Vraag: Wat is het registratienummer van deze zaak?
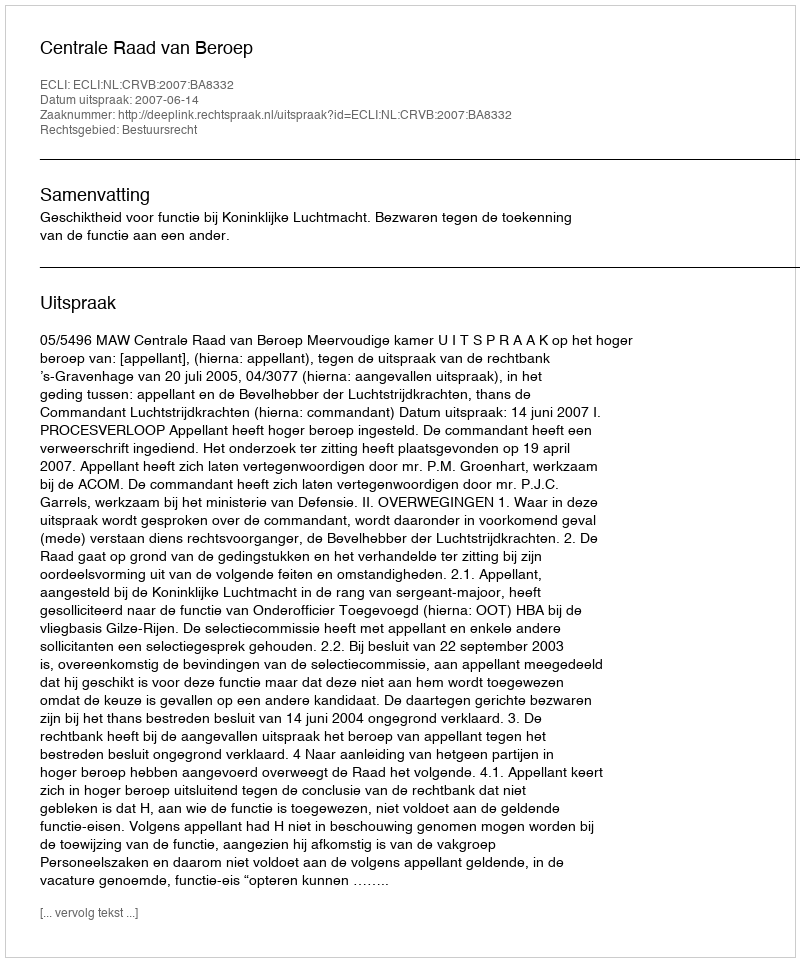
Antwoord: http://deeplink.rechtspraak.nl/uitspraak?id=ECLI:NL:CRVB:2007:BA8332